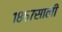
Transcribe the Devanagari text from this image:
१८६७साली